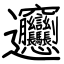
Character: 𰻞